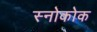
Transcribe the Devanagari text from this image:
स्नोकोक